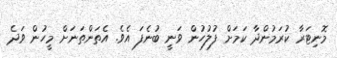
މޮނިޓަރާ ކުރަމުންދާ ކަމަށް ފުލުހުން ވަނީ ބުނެފަ އެވެ. އެތަންތަނަށް މީހުން ވަދެ